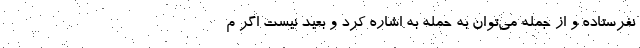
نفرستاده و از جمله می‌توان به حمله به اشاره کرد و بعید نیست اگر م